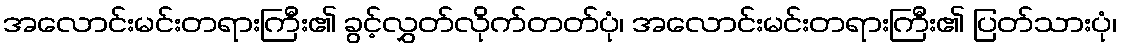
အလောင်းမင်းတရားကြီး၏ ခွင့်လွှတ်လိုက်တတ်ပုံ၊ အလောင်းမင်းတရားကြီး၏ ပြတ်သားပုံ၊